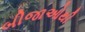
બીજાઓથી